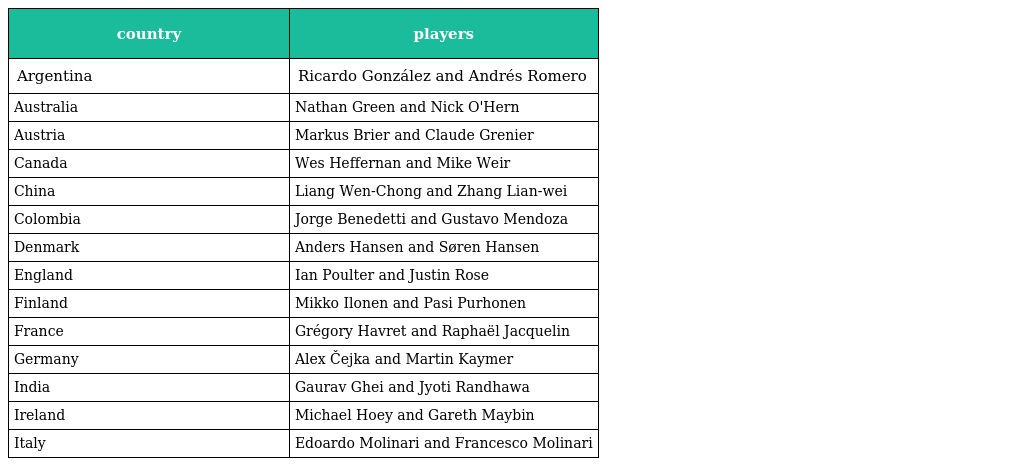
| country | players |
 | --- | --- |
 | Argentina | Ricardo González and Andrés Romero |
 | Australia | Nathan Green and Nick O'Hern |
 | Austria | Markus Brier and Claude Grenier |
 | Canada | Wes Heffernan and Mike Weir |
 | China | Liang Wen-Chong and Zhang Lian-wei |
 | Colombia | Jorge Benedetti and Gustavo Mendoza |
 | Denmark | Anders Hansen and Søren Hansen |
 | England | Ian Poulter and Justin Rose |
 | Finland | Mikko Ilonen and Pasi Purhonen |
 | France | Grégory Havret and Raphaël Jacquelin |
 | Germany | Alex Čejka and Martin Kaymer |
 | India | Gaurav Ghei and Jyoti Randhawa |
 | Ireland | Michael Hoey and Gareth Maybin |
 | Italy | Edoardo Molinari and Francesco Molinari |